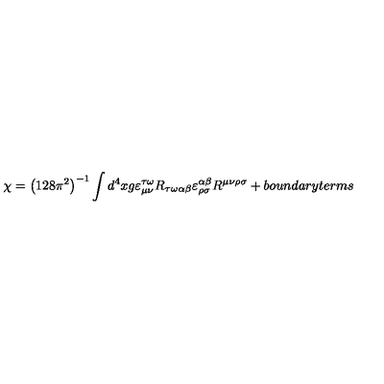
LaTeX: \chi = \left( 1 2 8 \pi ^ { 2 } \right) ^ { - 1 } \int d ^ { 4 } x g \varepsilon _ { \mu \nu } ^ { \tau \omega } R _ { \tau \omega \alpha \beta } \varepsilon _ { \rho \sigma } ^ { \alpha \beta } R ^ { \mu \nu \rho \sigma } + b o u n d a r y t e r m s